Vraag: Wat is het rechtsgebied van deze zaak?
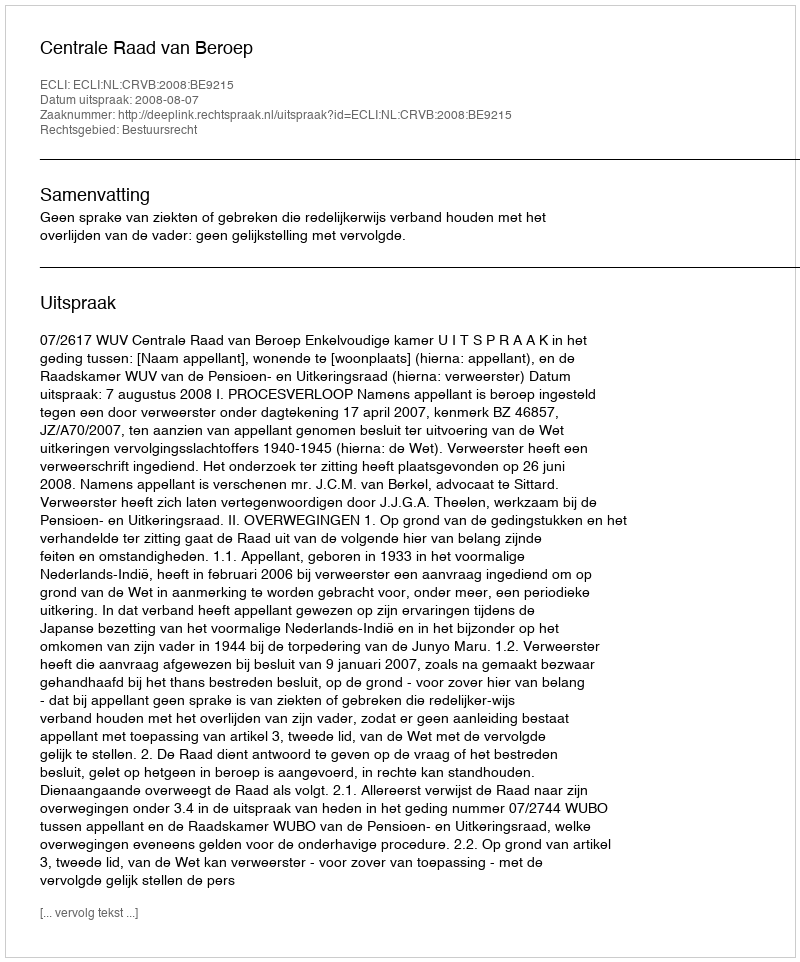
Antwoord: Bestuursrecht